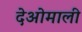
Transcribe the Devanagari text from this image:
देओमाली